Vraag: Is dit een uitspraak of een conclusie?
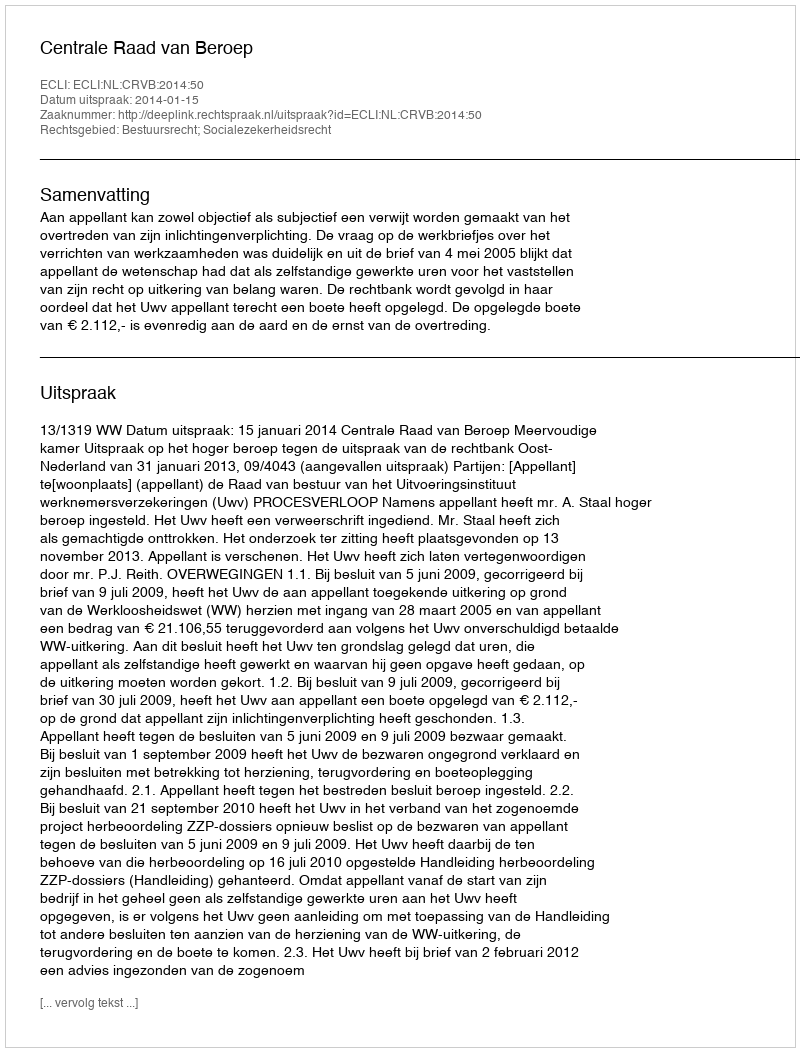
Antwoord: Uitspraak